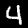
Digit: 4